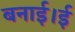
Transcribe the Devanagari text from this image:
बनाई।ई